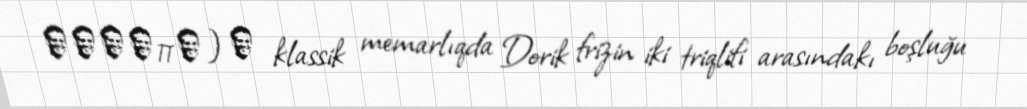
μετόπη) ― klassik memarlıqda Dorik frizin iki triqlifi arasındakı boşluğu